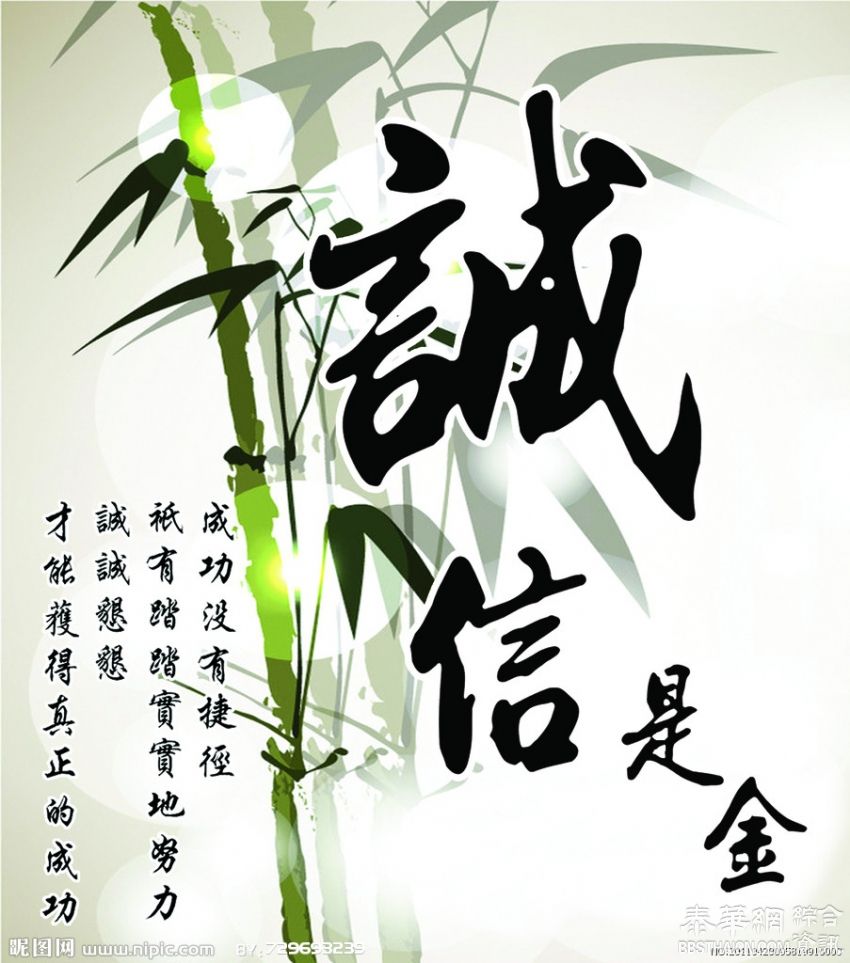
千人之诺诺，不如一士之谔谔。